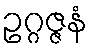
ဥဂ္ဂဇ္ဇနံ